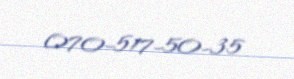
070-517-50-35